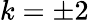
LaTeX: k=\pm 2